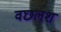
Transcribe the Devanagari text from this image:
वछलश